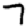
Digit: 7